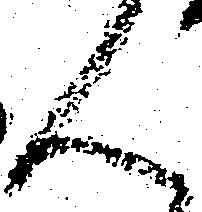
ん